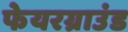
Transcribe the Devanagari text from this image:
फेयरग्राउंड